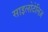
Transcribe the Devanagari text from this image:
साइलोटेलिज़